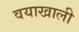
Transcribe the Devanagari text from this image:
वयाखाली